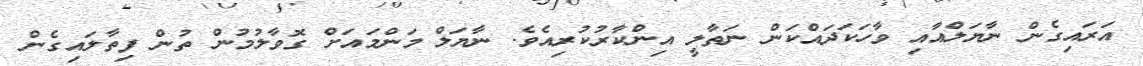
އަރައިގެން ނާޔަލްއާއި ވާހަކަދައްކަން ނަތާލީ އިންކާރުކުރިއެވެ. ނާޔަލް މަންމައަށް ގޮވާލުމުން ތުން ފިތާލައިގެން